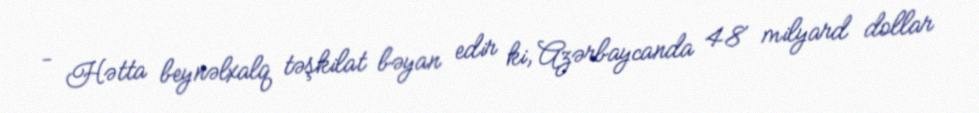
- Hətta beynəlxalq təşkilat bəyan edir ki, Azərbaycanda 48 milyard dollar